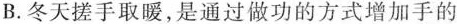
B.冬天搓手取暖，是通过做功的方式增加手的